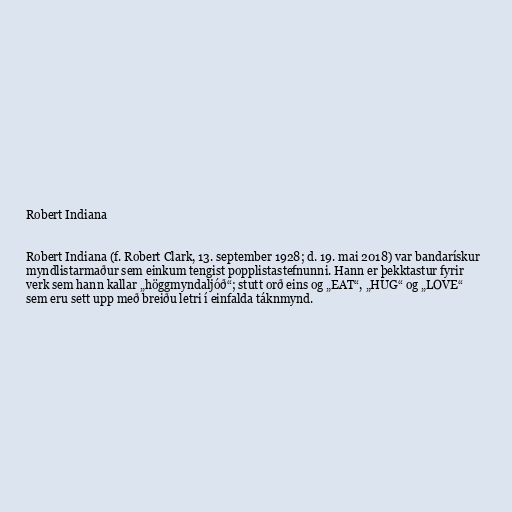
Robert Indiana

Robert Indiana (f. Robert Clark, 13. september 1928; d. 19. mai 2018) var bandarískur
myndlistarmaður sem einkum tengist popplistastefnunni. Hann er þekktastur fyrir
verk sem hann kallar „höggmyndaljóð“; stutt orð eins og „EAT“, „HUG“ og „LOVE“
sem eru sett upp með breiðu letri í einfalda táknmynd.